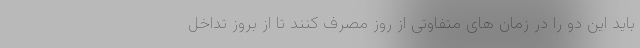
باید این دو را در زمان های متفاوتی از روز مصرف کنند تا از بروز تداخل